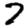
Digit: 7